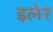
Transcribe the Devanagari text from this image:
इलेर